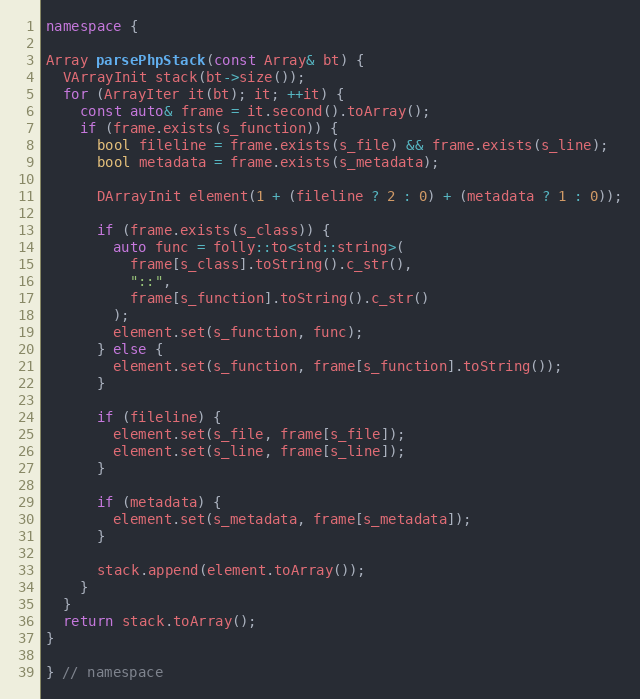
Language: C++
namespace {

Array parsePhpStack(const Array& bt) {
  VArrayInit stack(bt->size());
  for (ArrayIter it(bt); it; ++it) {
    const auto& frame = it.second().toArray();
    if (frame.exists(s_function)) {
      bool fileline = frame.exists(s_file) && frame.exists(s_line);
      bool metadata = frame.exists(s_metadata);

      DArrayInit element(1 + (fileline ? 2 : 0) + (metadata ? 1 : 0));

      if (frame.exists(s_class)) {
        auto func = folly::to<std::string>(
          frame[s_class].toString().c_str(),
          "::",
          frame[s_function].toString().c_str()
        );
        element.set(s_function, func);
      } else {
        element.set(s_function, frame[s_function].toString());
      }

      if (fileline) {
        element.set(s_file, frame[s_file]);
        element.set(s_line, frame[s_line]);
      }

      if (metadata) {
        element.set(s_metadata, frame[s_metadata]);
      }

      stack.append(element.toArray());
    }
  }
  return stack.toArray();
}

} // namespace